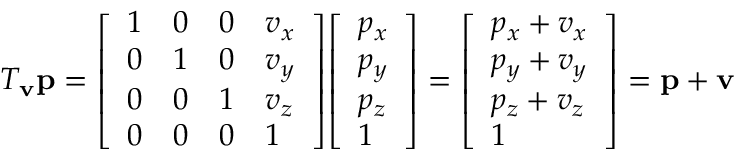
T _ { \mathbf { v } } \mathbf { p } = { \left[ \begin{array} { l l l l } { 1 } & { 0 } & { 0 } & { v _ { x } } \\ { 0 } & { 1 } & { 0 } & { v _ { y } } \\ { 0 } & { 0 } & { 1 } & { v _ { z } } \\ { 0 } & { 0 } & { 0 } & { 1 } \end{array} \right] } { \left[ \begin{array} { l } { p _ { x } } \\ { p _ { y } } \\ { p _ { z } } \\ { 1 } \end{array} \right] } = { \left[ \begin{array} { l } { p _ { x } + v _ { x } } \\ { p _ { y } + v _ { y } } \\ { p _ { z } + v _ { z } } \\ { 1 } \end{array} \right] } = \mathbf { p } + \mathbf { v }